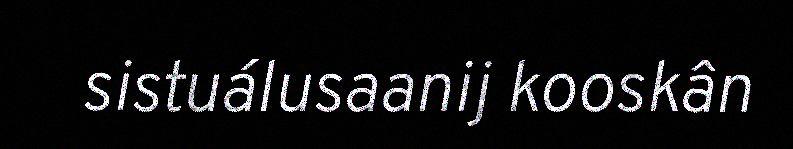
sistuálusaanij kooskân